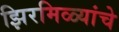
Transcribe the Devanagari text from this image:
झिरमिळ्यांचे